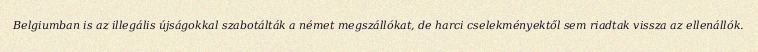
Belgiumban is az illegális újságokkal szabotálták a német megszállókat, de harci cselekményektől sem riadtak vissza az ellenállók.